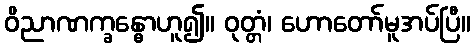
ဝိညာဏက္ခန္ဓောဟူ၍။ ဝုတ္တံ၊ ဟောတော်မူအပ်ပြီ။